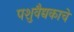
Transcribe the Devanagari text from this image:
पशुवैद्यकाचे